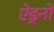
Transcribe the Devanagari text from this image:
ऐड्रनो